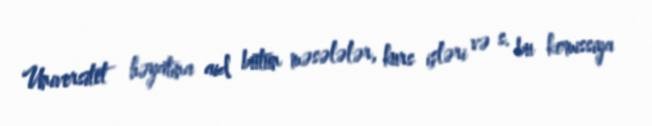
Universitet həyatına aid bütün məsələlər, kurs işləri və s. bu komissiya